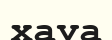
хауа